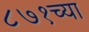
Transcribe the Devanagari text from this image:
८७१च्या